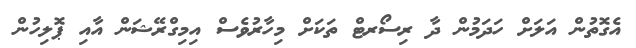
އެގޮތުން އަލަށް ހަދަމުން ދާ ރިސޯރޓް ތަކަށް މިހާރުވެސް އިމިގްރޭޝަން އާއި ޕޮލިހުން